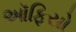
ઑફિસો